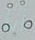
أنا